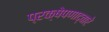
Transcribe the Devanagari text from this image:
प्रक्षेपणाद्वारे